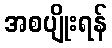
အစပျိုးရန်